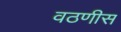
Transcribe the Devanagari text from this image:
वठणीस